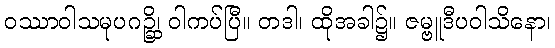
ဝဿာဝါသမုပဂဉ္ဆိ၊ ဝါကပ်ပြီ။ တဒါ၊ ထိုအခါ၌။ ဇမ္ဗူဒီပဝါသိနော၊